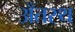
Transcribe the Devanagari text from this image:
अँतस्थ